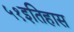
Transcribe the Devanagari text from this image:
५१इतिहास